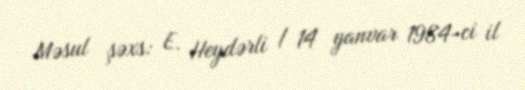
Məsul şəxs: E. Heydərli / 14 yanvar 1984-ci il